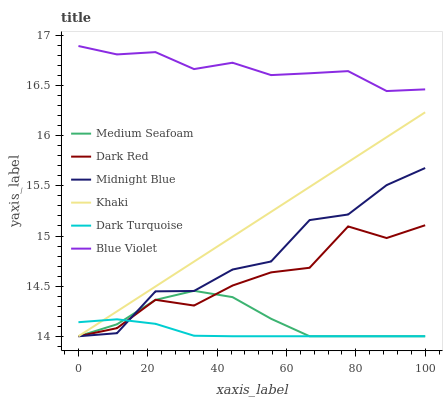
| xaxis_label | Medium Seafoam | Dark Red | Midnight Blue | Khaki | Dark Turquoise | Blue Violet |
 | --- | --- | --- | --- | --- | --- | --- |
 | 0 | 14 | 14 | 14 | 14 | 14.1 | 16.9 |
 | 11.1 | 14.1 | 14.1 | 14 | 14.2 | 14.2 | 16.8 |
 | 22.2 | 14.4 | 14.4 | 14.4 | 14.5 | 14.1 | 16.8 |
 | 33.3 | 14.5 | 14.3 | 14.5 | 14.7 | 14 | 16.7 |
 | 44.4 | 14.4 | 14.5 | 14.7 | 15 | 14 | 16.7 |
 | 55.6 | 14.2 | 14.6 | 14.7 | 15.2 | 14 | 16.6 |
 | 66.7 | 14 | 14.7 | 15.2 | 15.5 | 14 | 16.6 |
 | 77.8 | 14 | 15.1 | 15.2 | 15.7 | 14 | 16.6 |
 | 88.9 | 14 | 15 | 15.5 | 16 | 14 | 16.4 |
 | 100 | 14 | 15.1 | 15.7 | 16.2 | 14 | 16.5 |